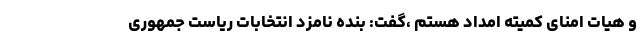
و هیات امنای کمیته امداد هستم ،گفت: بنده نامزد انتخابات ریاست جمهوری